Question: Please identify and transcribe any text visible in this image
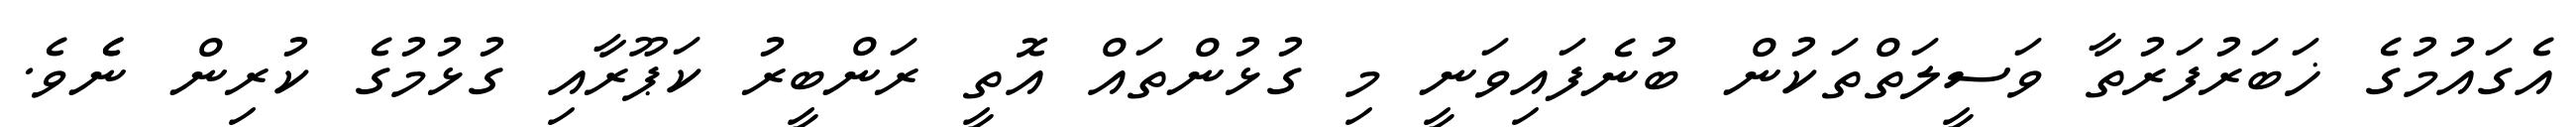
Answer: އެގައުމުގެ ޚަބަރުފަރުތާ ވަސީލަތްތަކުން ބުނެފައިވަނީ މި ގުޅުންތައް އޮތީ ރަންބީރު ކަޕޫރާއި ގުޅުމުގެ ކުރިން ނެެވެ.